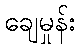
ချေမှုန်း